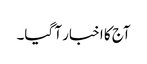
آج کا اخبار آ گیا۔